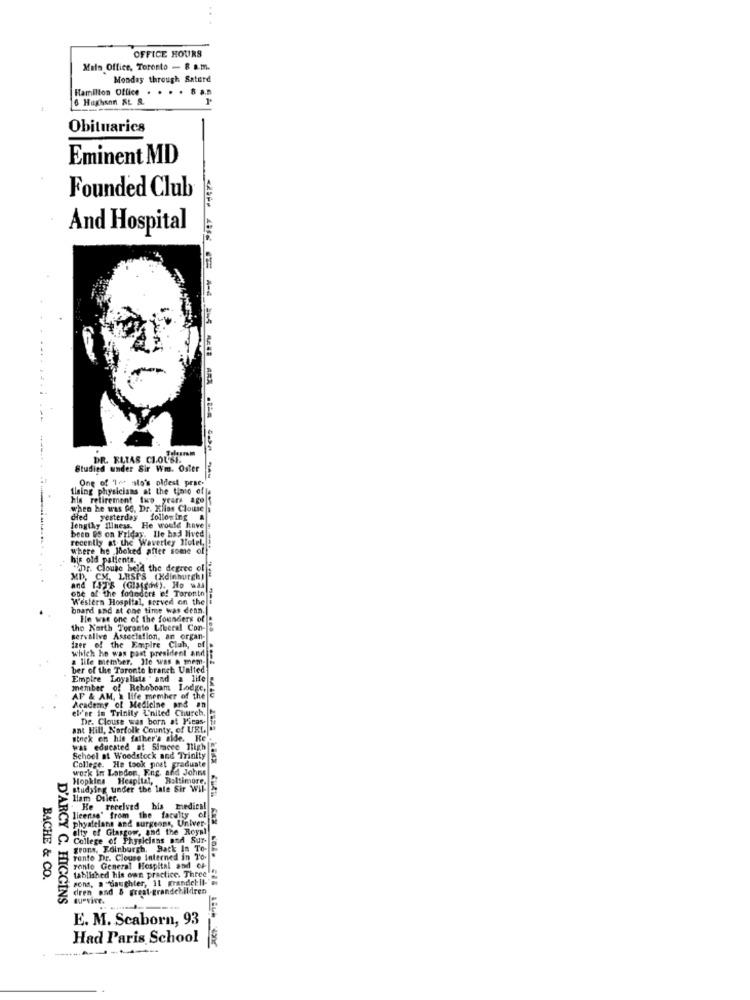
OFFICE HOURS
Mals Office, Toronto - 8 a.m.
Monday through Saturd
Hamilton Office . . . . 8 a.m
6 Hughenn St &
Obituaries
Eminent MD
Founded Club
And Hospital
DR. ELIAS CLOUSE
Studied under Sir Wm. Oster
----------
One of 'let alo's oldest prae.
tlaing physicians at the tinto off
his retirement two years ago f
when he was 96. Dr. Itlias Clouse
died yesterday following
lengthy illness. He would have
been 98 on Friday. Ile had lived
recently at the Waverley Hotel,
where he looked after some of
his old patients.
"Dr. Cloube held the degree of
MD, CM, LESPS (Edinburgh)
one of the fodedirt e! Toronto
Western Hospital, served on the
board and at one time was dean.
He was one of the founders of
tho Karth Toronto Liberal Con-
servalive Association, an organ-
izer of the Empire Club, of
which he was past president and
a life member. He was a mem-we
ber of the Toronto branch United
Empire Loyalista . and a life
member of Reboboam Lodge,
AF & AM, a life member of the
Academy of Medicine and an
el'er in Trinity L'niled Church.
Dr. Clouse was born at Micas-
ant Hill, Norfolk County, of UEL
stnek en his father's aide. He
was educated at Simcee Thigh
School at Woodstock and Trinity
College. He took post graduate
work in London, Eng. and Johns
Hopkins Heapital, Baltimore,
studyleg under the late Sir Wil-
liam Diler.
He received his medical
He
license" from the faculty of
phystelans and surgeons, Univer-
elty of Glasgow, and the Royal
College of Physicians and Sur-
grons, Edinburgh, Back In To-
Tento Dr. Clouse Interned in T'0.
tablished his own practice. Three
ronto General Hospital and ci-
BACHE & CO.
sons, a ""daughter, 11 grandel: Il-
dren and & great-grandchildren
D'ARCY C. HIGGINS
E. M. Scaborn, 93
Had Paris School